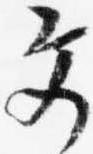
文